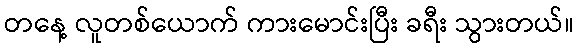
တနေ့ လူတစ်ယောက် ကားမောင်းပြီး ခရီး သွားတယ်။